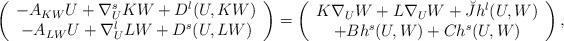
LaTeX: \begin{align*}\left( \begin{array}{c}-A_{KW}U+\nabla _{U}^{s}KW+D^{l}(U,KW) \\ -A_{LW}U+\nabla _{U}^{l}LW+D^{s}(U,LW)\end{array}\right) =\left( \begin{array}{c}K\nabla _{U}W+L\nabla _{U}W+\breve{J}h^{l}(U,W) \\ +Bh^{s}(U,W)+Ch^{s}(U,W)\end{array}\right) , \end{align*}